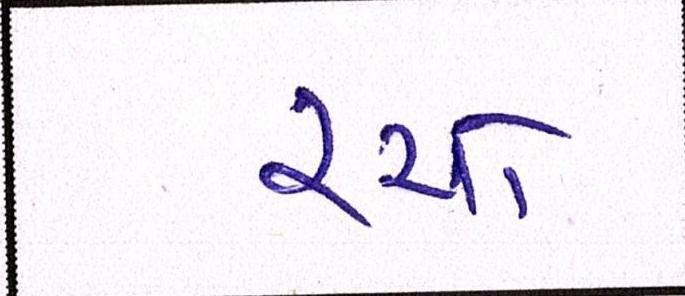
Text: રચો